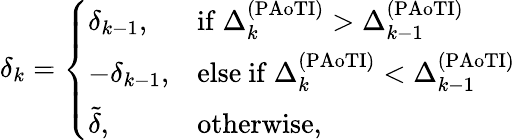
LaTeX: \begin{array}{r}{\delta_{k}=\left\{ \begin{array}{ll}{\delta_{k-1},}&{\mathrm{if~}\Delta_{k}^{(\mathrm{PAoTI})}>\Delta_{k-1}^{(\mathrm{PAoTI})}}\\ {-\delta_{k-1},}&{\mathrm{else~if~}\Delta_{k}^{(\mathrm{PAoTI})}<\Delta_{k-1}^{(\mathrm{PAoTI})}}\\ {\tilde{\delta},}&{\mathrm{otherwise},}\end{array}\right.}\end{array}